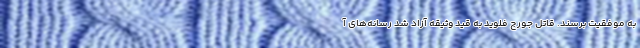
به موفقیت برسند. قاتل جورج فلوید به قید وثیقه آزاد شد رسانه‌های آ